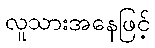
လူသားအနေဖြင့်